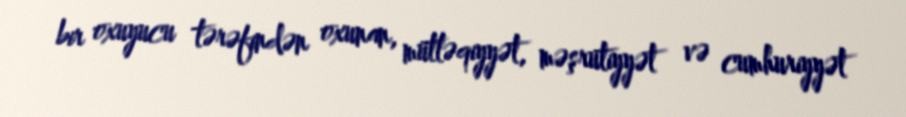
bir oxuyucu tərəfindən oxunan, mütləqiyyət, məşrutiyyət və cumhuriyyət